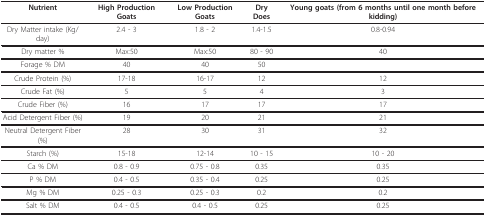
<table><thead><tr><td><b>Nutrient</b></td><td><b>High Production Goats</b></td><td><b>Low Production Goats</b></td><td><b>Dry Does</b></td><td><b>Young goats (from 6 months until one month before kidding)</b></td></tr></thead><tbody><tr><td>Dry Matter intake (Kg/day)</td><td>2.4 - 3</td><td>1.8 - 2</td><td>1.4-1.5</td><td>0.8-0.94</td></tr><tr><td>Dry matter %</td><td>Max:50</td><td>Max:50</td><td>80 - 90</td><td>40</td></tr><tr><td>Forage % DM</td><td>40</td><td>40</td><td>50</td><td></td></tr><tr><td>Crude Protein (%)</td><td>17-18</td><td>16-17</td><td>12</td><td>12</td></tr><tr><td>Crude Fat (%)</td><td>5</td><td>5</td><td>4</td><td>3</td></tr><tr><td>Crude Fiber (%)</td><td>16</td><td>17</td><td>17</td><td>17</td></tr><tr><td>Acid Detergent Fiber (%)</td><td>19</td><td>20</td><td>21</td><td>21</td></tr><tr><td>Neutral Detergent Fiber (%)</td><td>28</td><td>30</td><td>31</td><td>32</td></tr><tr><td>Starch (%)</td><td>15-18</td><td>12-14</td><td>10 - 15</td><td>10 - 20</td></tr><tr><td>Ca % DM</td><td>0.8 - 0.9</td><td>0.75 - 0.8</td><td>0.35</td><td>0.35</td></tr><tr><td>P % DM</td><td>0.4 - 0.5</td><td>0.35 - 0.4</td><td>0.25</td><td>0.25</td></tr><tr><td>Mg % DM</td><td>0.25 - 0.3</td><td>0.25 - 0.3</td><td>0.2</td><td>0.2</td></tr><tr><td>Salt % DM</td><td>0.4 - 0.5</td><td>0.4 - 0.5</td><td>0.25</td><td>0.25</td></tr></tbody></table>